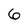
Character: 6